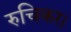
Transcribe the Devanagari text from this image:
रुचिकर।